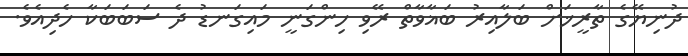
ދުނިޔޭގެ ތާރީޚަށް ބަލާއިރު ބަޣާވާތް ރޭވި ހިންގަނީ މައިގަނޑު ދެ ސަބަބަކާ ހެދިއެވެ.